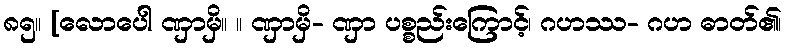
၈၅။ [လောပေါ ဏှာမှိ။ ။ ဏှာမှိ- ဏှာ ပစ္စည်းကြောင့်၊ ဂဟဿ- ဂဟ ဓာတ်၏၊